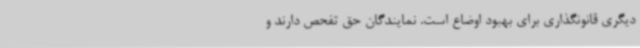
دیگری قانونگذاری برای بهبود اوضاع است. نمایندگان حق تفحص دارند و